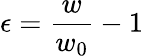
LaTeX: \epsilon=\frac{w}{w_{0}}-1